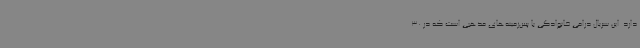
دارد. این سریال درامی خانوادگی با پس‌زمینه‌های مذهبی است که در 30